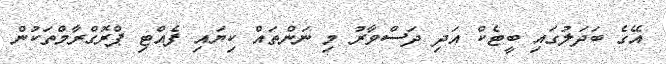
އޭގެ ބަދަލުގައި ބީޓެކް އަދި ދަސްވާރު މި ނަންތައް ކިޔައި ފެއްޓި ޕްރޮގްރާމްތަކުން